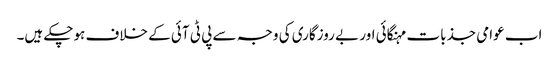
اب عوامی جذبات مہنگائی اور بے روزگاری کی وجہ سے پی ٹی آئی کے خلاف ہوچکے ہیں۔